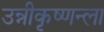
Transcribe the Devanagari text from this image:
उन्नीकृष्णन्ला